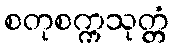
စတုစက္ကသုတ္တံ